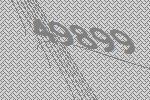
49899